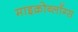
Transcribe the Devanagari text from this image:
माइक्रोब्लॉग्स